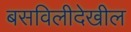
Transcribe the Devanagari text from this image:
बसविलीदेखील